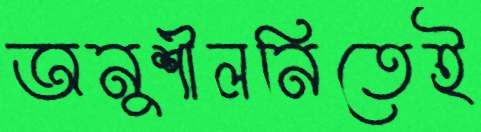
অনুশীলনিতেই